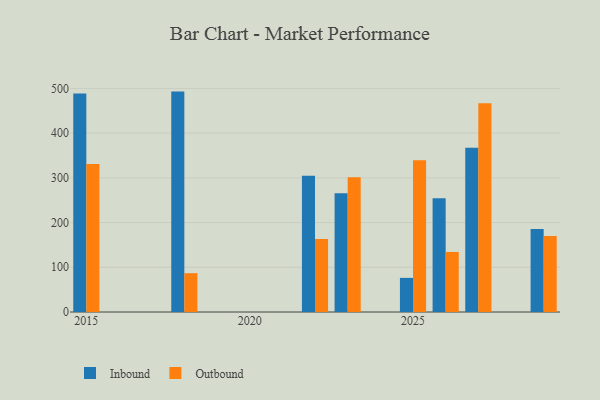
{"axis": {"x": "Year", "y": "Demand Index"}, "legend": ["Inbound", "Outbound"], "data": [{"x": "2015", "y": 488.9, "type": "Inbound"}, {"x": "2015", "y": 330.8, "type": "Outbound"}, {"x": "2022", "y": 304.7, "type": "Inbound"}, {"x": "2022", "y": 163.5, "type": "Outbound"}, {"x": "2026", "y": 254.6, "type": "Inbound"}, {"x": "2026", "y": 134.3, "type": "Outbound"}, {"x": "2018", "y": 492.9, "type": "Inbound"}, {"x": "2018", "y": 86.8, "type": "Outbound"}, {"x": "2025", "y": 76.3, "type": "Inbound"}, {"x": "2025", "y": 339.1, "type": "Outbound"}, {"x": "2029", "y": 185.7, "type": "Inbound"}, {"x": "2029", "y": 170.1, "type": "Outbound"}, {"x": "2023", "y": 265.5, "type": "Inbound"}, {"x": "2023", "y": 301.1, "type": "Outbound"}, {"x": "2027", "y": 367.2, "type": "Inbound"}, {"x": "2027", "y": 466.6, "type": "Outbound"}]}